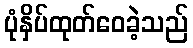
ပုံနှိပ်ထုတ်ဝေခဲ့သည်